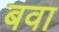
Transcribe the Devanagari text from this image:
बवा